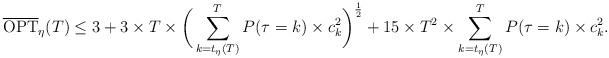
\begin{align*}\overline{\textrm{OPT}}_{\eta}(T) \leq 3 + 3 \times T \times \bigg( \sum_{k = t_{\eta}(T)}^T P(\tau = k) \times c^2_k \bigg)^{\frac{1}{2}} + 15 \times T^2 \times \sum_{k = t_{\eta}(T)}^T P(\tau = k) \times c^2_k.\end{align*}